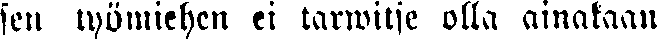
sen työmiehen ei tarwitse olla ainakaan